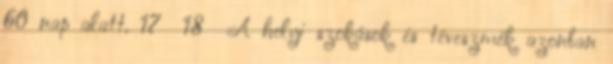
60 nap alatt. 17 18 A helyi szokások és téveszmék azonban